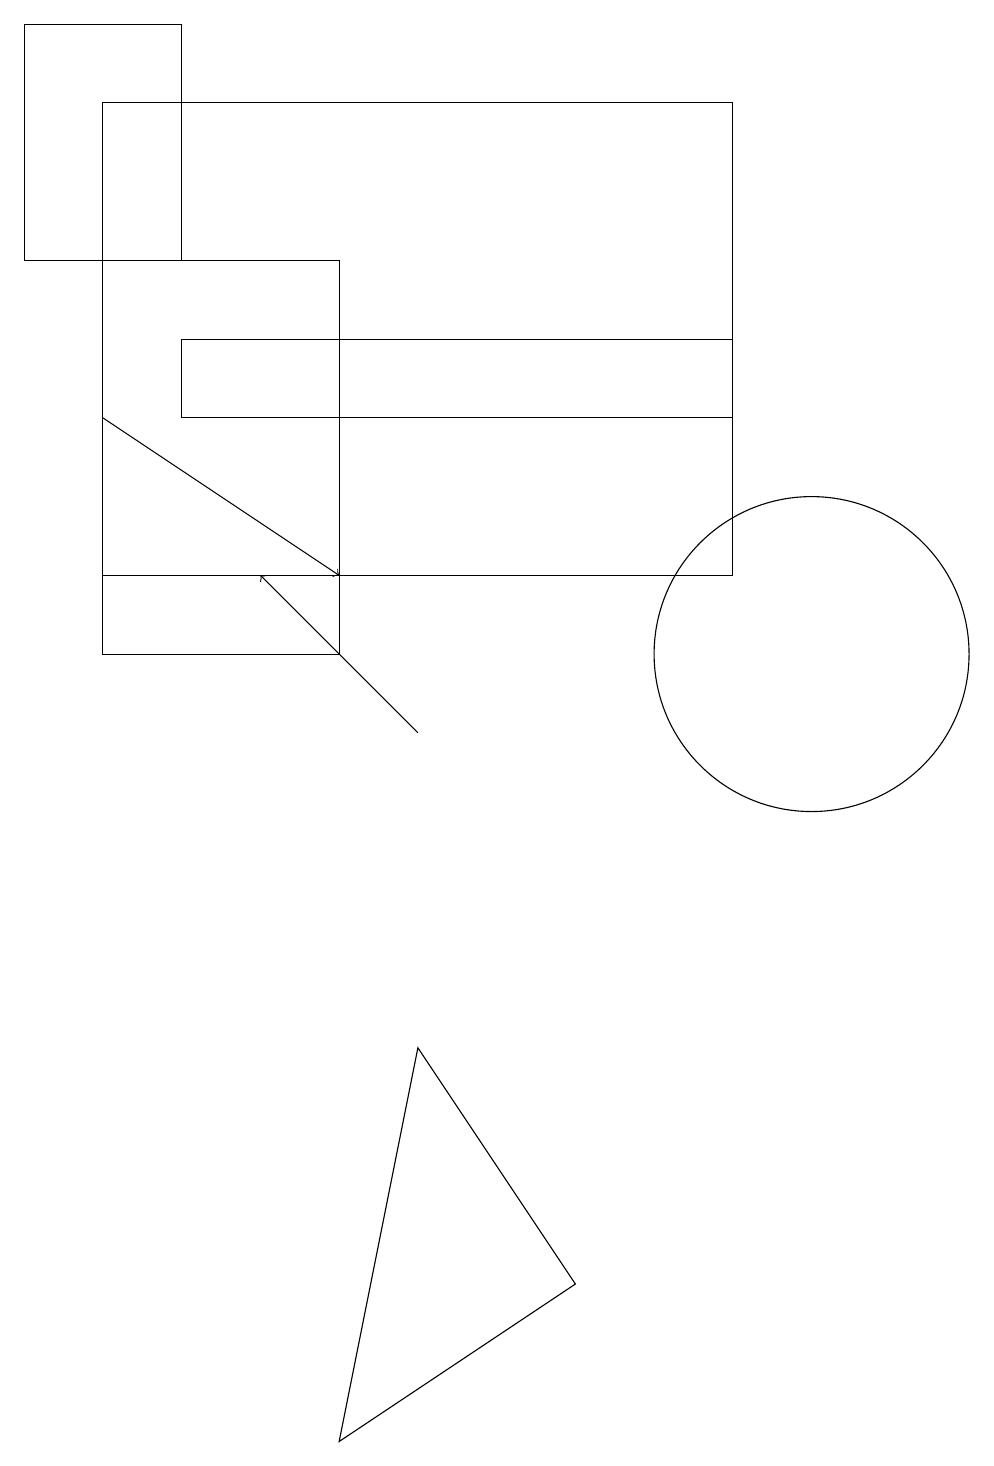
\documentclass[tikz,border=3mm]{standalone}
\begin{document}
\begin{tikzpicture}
\draw[->] (1,14) -- (4,12);
\draw (1,12) rectangle (9,18);
\draw (2,19) rectangle (0,16);
\draw (5,6) -- (4,1) -- (7,3) -- cycle;
\draw (10,11) circle (2);
\draw[->] (5,10) -- (3,12);
\draw (1,11) rectangle (4,16);
\draw (9,15) rectangle (2,14);
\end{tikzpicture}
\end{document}